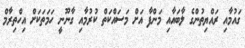
ގައުމާއި ރައްޔިތުންގެ ލާބައާއި މަންފާ އަށް މަސައްކަތް ކުރުމާއި ގާނޫނީ ހަމަތަކަށް އިހްތިރާމް